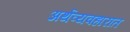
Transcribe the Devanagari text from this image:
अर्थव्यवहारात